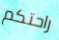
راحتكم